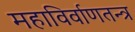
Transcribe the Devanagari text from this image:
महाविर्वाणतन्त्र